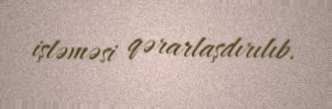
işləməsi qərarlaşdırılıb.